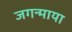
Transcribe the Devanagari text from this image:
जगन्माया